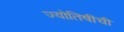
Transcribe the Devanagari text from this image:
ज्योतिषींची